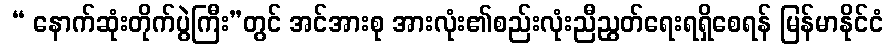
 “ နောက်ဆုံးတိုက်ပွဲကြီး”တွင် အင်အားစု အားလုံး၏စည်းလုံးညီညွတ်ရေးရရှိစေရန် မြန်မာနိုင်ငံ